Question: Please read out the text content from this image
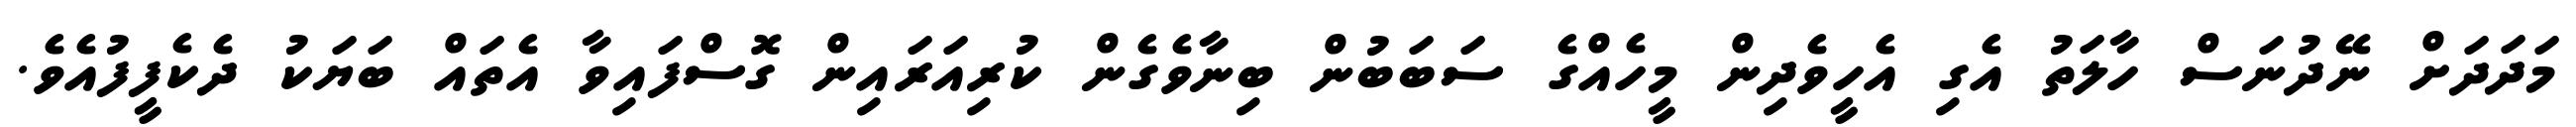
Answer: މަދަދަށް ނޭދުނަސް ހާލަތު އެގި އެހީވެދިން މީހެއްގެ ސަބަބުން ބިނާވެގެން ކުރިއަރައިން ގޮސްފައިވާ އެތައް ބަޔަކު ދެކެފީފުއެވެ.